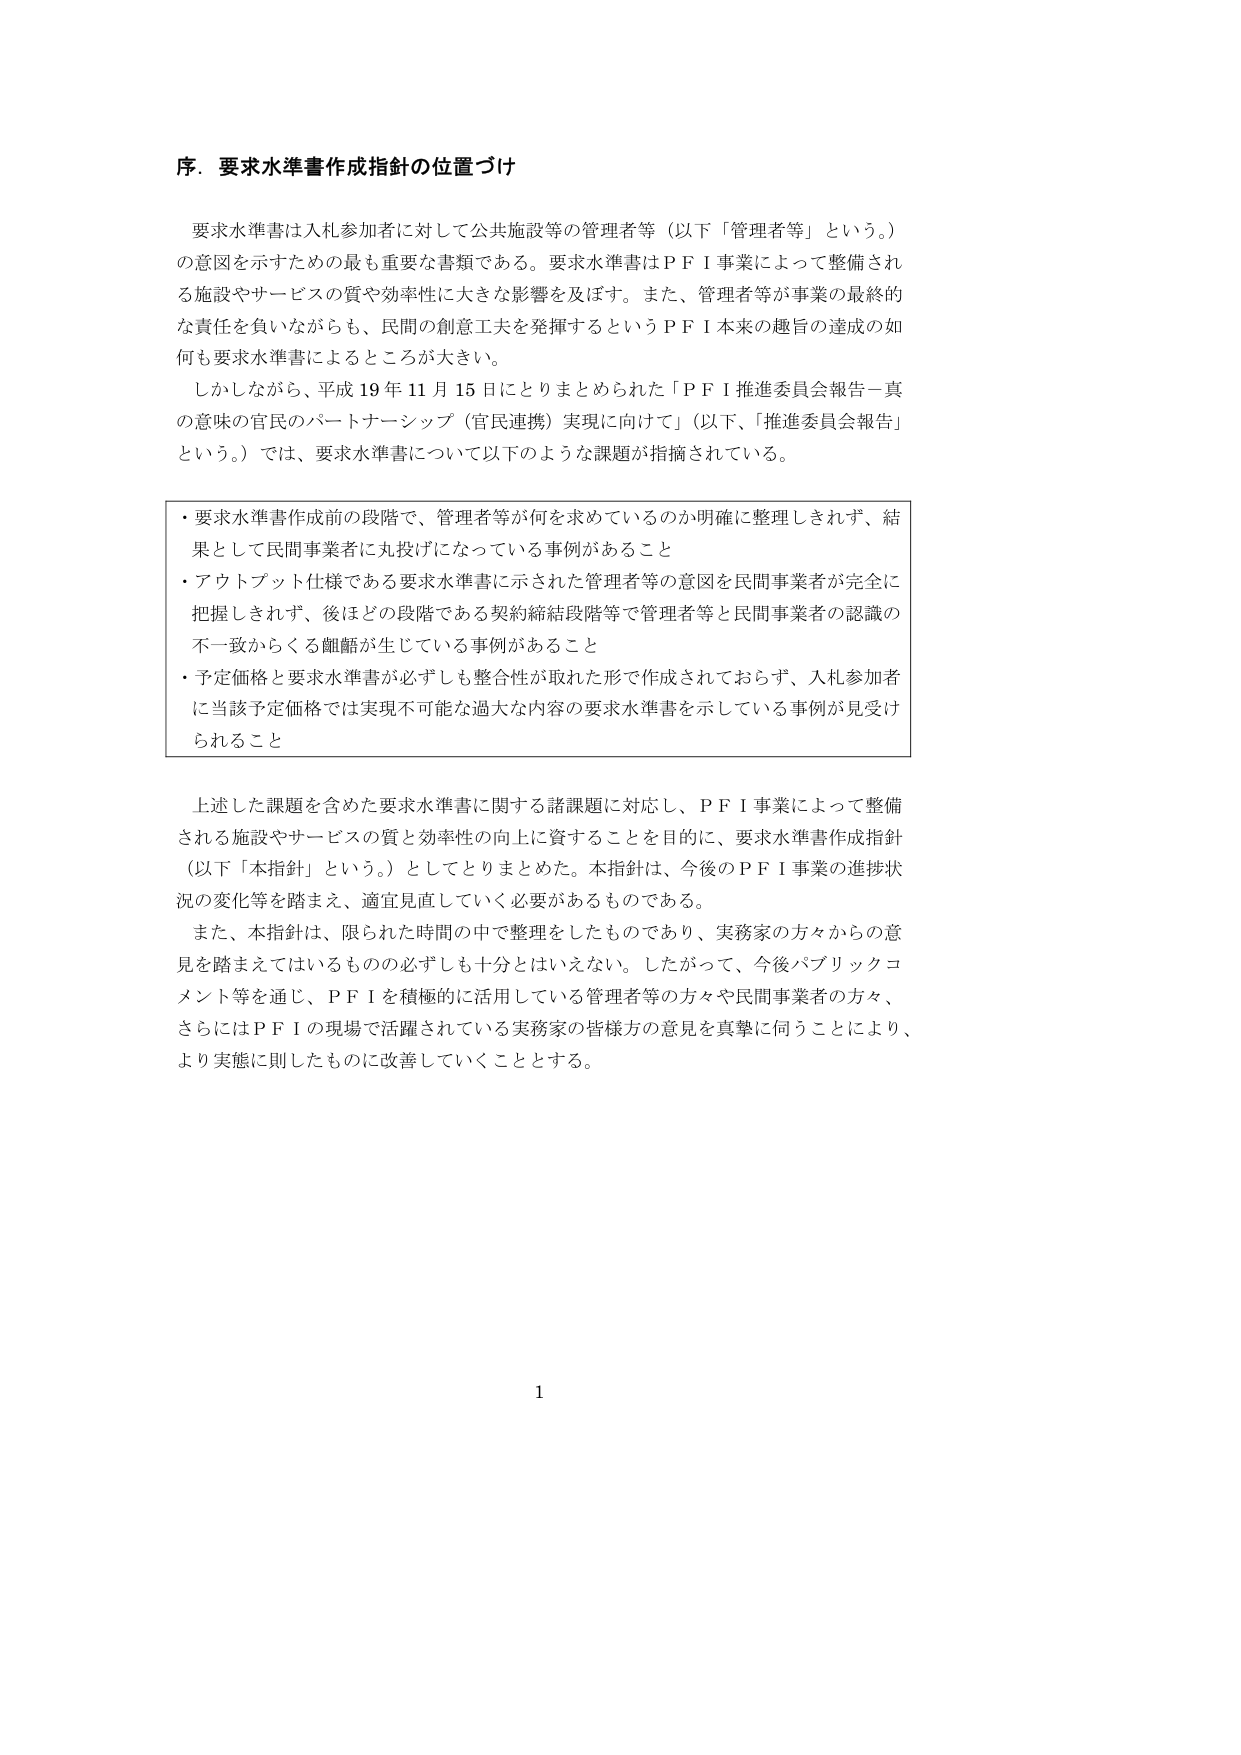
序．要求水準書作成指針の位置づけ

要求水準書は入札参加者に対して公共施設等の管理者等（以下「管理者等」という。）の意図を示すための最も重要な書類である。要求水準書はＰＦＩ事業によって整備される施設やサービスの質や効率性に大きな影響を及ぼす。また、管理者等が事業の最終的な責任を負いながらも、民間の創意工夫を発揮するというＰＦＩ本来の趣旨の達成の如何も要求水準書によるところが大きい。

しかしながら、平成19年11月15日にとりまとめられた「ＰＦＩ推進委員会報告－真の意味の官民のパートナーシップ（官民連携）実現に向けて」（以下、「推進委員会報告」という。）では、要求水準書について以下のような課題が指摘されている。

・要求水準書作成前の段階で、管理者等が何を求めているのか明確に整理しきれず、結果として民間事業者に丸投げになっている事例があること
・アウトプット仕様である要求水準書に示された管理者等の意図を民間事業者が完全に把握しきれず、後ほどどの段階である契約締結段階等で管理者等と民間事業者の認識の不一致からくる齟齬が生じている事例があること
・予定価格と要求水準書が必ずしも整合性が取れた形で作成されておらず、入札参加者に当該予定価格では実現不可能な過大な内容の要求水準書を示している事例が見受けられること

上述した課題を含めた要求水準書に関する諸課題に対応し、ＰＦＩ事業によって整備される施設やサービスの質と効率性の向上に資することを目的に、要求水準書作成指針（以下「本指針」という。）としてとりまとめた。本指針は、今後のＰＦＩ事業の進捗状況の変化等を踏まえ、適宜見直していく必要があるものである。

また、本指針は、限られた時間の中で整理をしたものであり、実務家の方々からの意見を踏まえてはいるものの必ずしも十分とはいえない。したがって、今後パブリックコメント等を通じ、ＰＦＩを積極的に活用している管理者等の方々や民間事業者の方々、さらにはＰＦＩの現場で活躍されている実務家の皆様方の意見を真摯に伺うことにより、より実態に則したものに改善していくこととする。

1